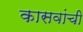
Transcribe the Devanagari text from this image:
कासवांची